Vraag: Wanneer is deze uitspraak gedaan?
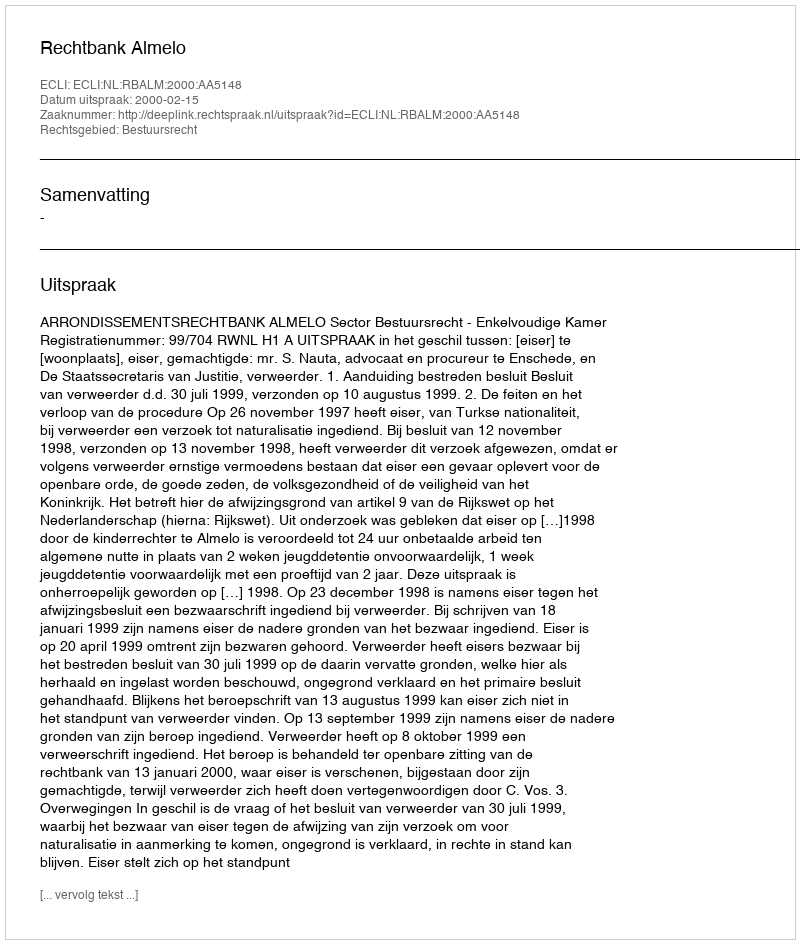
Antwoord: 2000-02-15